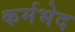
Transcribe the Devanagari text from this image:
कर्मभेद